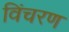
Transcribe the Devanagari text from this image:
विंचरण